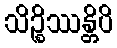
သိဉ္စိဿန္တိပိ